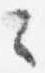
々